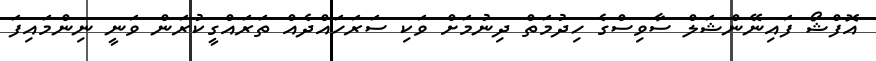
އޮފްޝޯ ފައިނޭންޝަލް ސާވިސްގެ ހިދުމަތް ދިނުމަށް ވަކި ސަރަހައްދެއް ތަރައްގީކުރަން ވަނީ ނިންމައިފަ